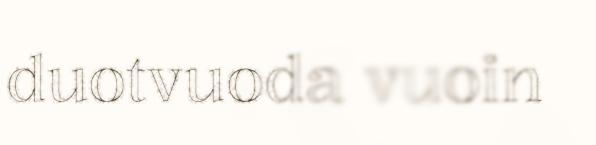
duotvuoda vuoin